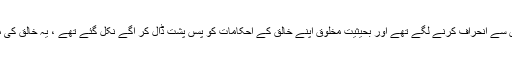
دیکھا جائے تو یہ وقت ٓازمائش اور امتحان کا ہے ،ہم بحیثیت امتِ محمدی اپنی ذمہ داریوں سے انحراف کرنے لگے تھے اور بحیثیت مخلوق اپنے خالق کے احکامات کو پسںِ پشت ڈال کر ٓاگے نکل گئے تھے ، یہ خالق کی محبت ہی ہے جس نے ہمیں خبردار کرنے اور اپنی طرف پلٹنےکا ایک موقع فراہم کیا ہے۔